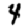
Digit: 4